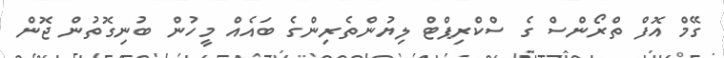
ގޭމް އޮފް ތްރޯންސް ގެ ސްކްރިޕްޓް ލިޔުންތެރިންގެ ބައެއް މީހުން ބުނިގޮތުން ޖޮން